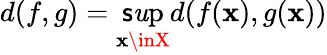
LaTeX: d(f,g)=\operatorname*{\mathsf{s}\mathit{u}p}_{\mathbf{x}\inX}d(f(\mathbf{x}),g(\mathbf{x}))